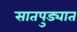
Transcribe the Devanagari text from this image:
सातपुड्यात